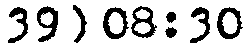
39) 08:30